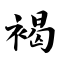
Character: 褐